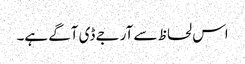
اس لحاظ سے آر جے ڈی آگے ہے۔